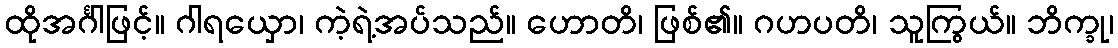
ထိုအင်္ဂါဖြင့်။ ဂါရယှော၊ ကဲ့ရဲ့အပ်သည်။ ဟောတိ၊ ဖြစ်၏။ ဂဟပတိ၊ သူကြွယ်။ ဘိက္ခု၊